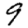
Digit: 9